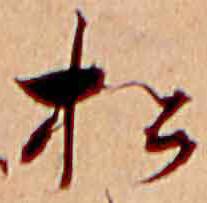
松